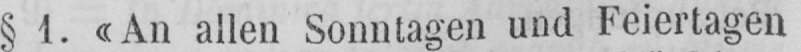
§ 1. «An allen Sonntagen und Feiertagen